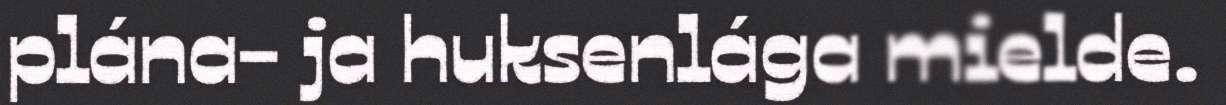
plána- ja huksenlága mielde.